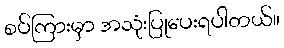
စပ်ကြားမှာ အသုံးပြုပေးရပါတယ်။